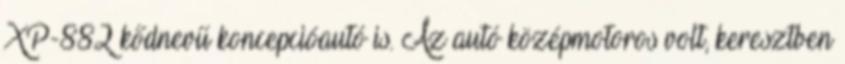
XP-882 kődnevű koncepcióautó is. Az autó középmotoros volt, keresztben